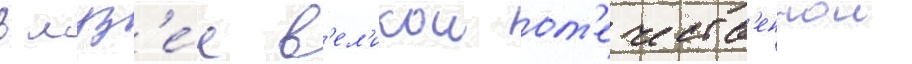
в муз'е́е в'ел'икои от'ечеств'еннои